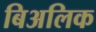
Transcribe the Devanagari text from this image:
बिअलिक